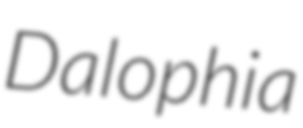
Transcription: Dalophia